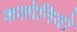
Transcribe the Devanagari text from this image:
कलोनियो